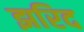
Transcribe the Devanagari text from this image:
झरिद